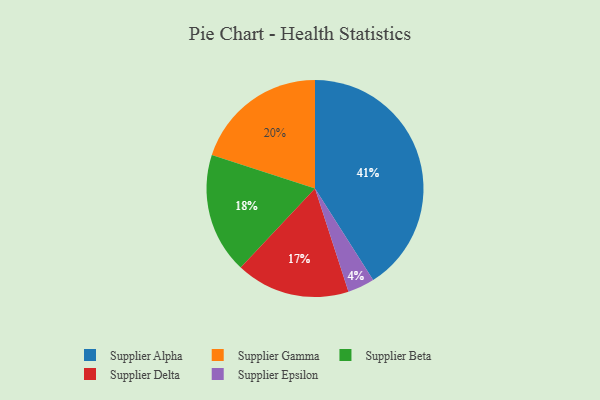
{"axis": {"x": "Category", "y": "Percentage"}, "legend": ["Supplier Alpha", "Supplier Beta", "Supplier Delta", "Supplier Epsilon", "Supplier Gamma"], "data": [{"x": "Supplier Delta", "y": 17, "type": "Supplier Delta"}, {"x": "Supplier Alpha", "y": 41, "type": "Supplier Alpha"}, {"x": "Supplier Beta", "y": 18, "type": "Supplier Beta"}, {"x": "Supplier Epsilon", "y": 4, "type": "Supplier Epsilon"}, {"x": "Supplier Gamma", "y": 20, "type": "Supplier Gamma"}]}